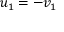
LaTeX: u _ { 1 } = - v _ { 1 }